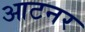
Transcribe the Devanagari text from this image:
आटनर